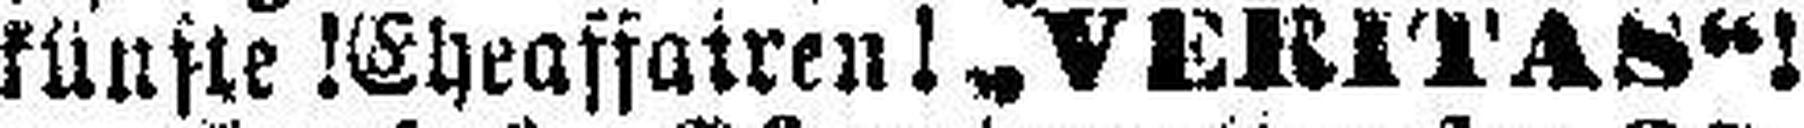
künfte! Eheaffairen! „VERITAS“!